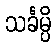
သင်္ခမ္ပိ